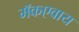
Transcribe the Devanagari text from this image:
मॅकएवाय